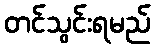
တင်သွင်းရမည်